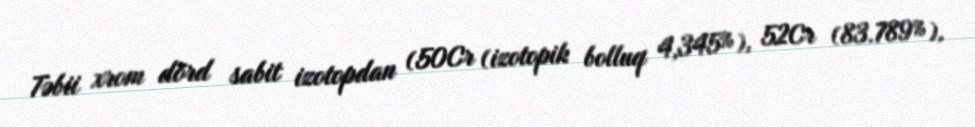
Təbii xrom dörd sabit izotopdan (50Cr (izotopik bolluq 4,345%), 52Cr (83.789%),